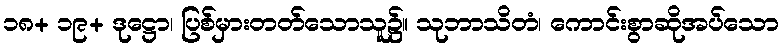
၁၈+ ၁၉+ ဒုဋ္ဌော၊ ပြစ်မှားတတ်သောသူ၌။ သုဘာသိတံ၊ ကောင်းစွာဆိုအပ်သော